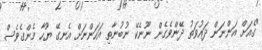
"ގެއަށް އަންނަން ދައުވަތު ދޭންވެގެން ނޫނެކޭ ނުބުނާތި އަހަންނަށް އެނގޭ ޔޫހާ މެންގެވެސް